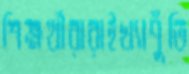
শিক্ষর্থীরারাইখ্যাপুঁতি